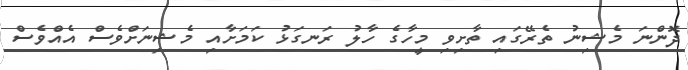
ދޮންނަ މެޝިނު ތެރޭގައި ތާށިވި މީހާގެ ހާލު ރަނގަޅު ކަމަށާއި މެޝިނަށްވެސް އެއްވެސް